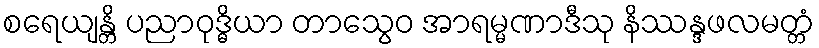
စရေယျန္တိ ပညာဝုဒ္ဓိယာ တာသွေဝ အာရမ္မဏာဒီသု နိဿန္ဒဖလမတ္တံ